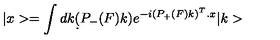
| x > = \int d k \d ( P _ { - } ( F ) k ) e ^ { - i ( P _ { + } ( F ) k ) ^ { T } . x } | k >